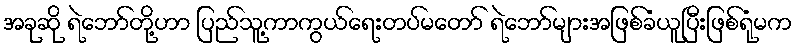
အခုဆို ရဲဘော်တို့ဟာ ပြည်သူ့ကာကွယ်ရေးတပ်မတော် ရဲဘော်များအဖြစ်ခံယူပြီးဖြစ်ရုံမက